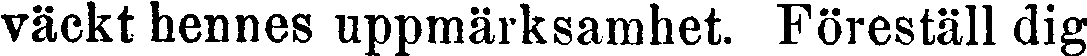
väckt hennes uppmärksamhet. Föreställ dig